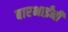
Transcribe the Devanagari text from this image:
बारभाईंनी